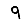
Digit: 9